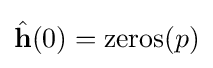
{\hat {\mathbf {h} }}(0)=\operatorname {zeros} (p)